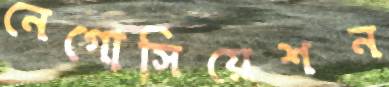
নেগোসিয়েশন